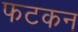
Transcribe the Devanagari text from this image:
फटकन